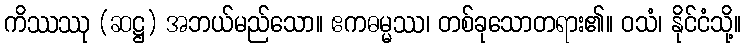
ကိဿဿု (ဆဋ္ဌ) အဘယ်မည်သော။ ဧကဓမ္မဿ၊ တစ်ခုသောတရား၏။ ဝသံ၊ နိုင်ငံသို့။